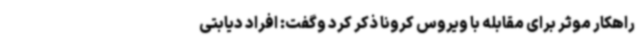
راهکار موثر برای مقابله با ویروس کرونا ذکر کرد وگفت: افراد دیابتی